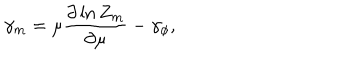
\gamma _ { m } = \mu \frac { \partial \ln Z _ { m } } { \partial \mu } - \gamma _ { \phi } ,